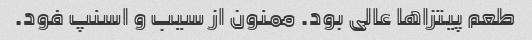
طعم پیتزاها عالی بود. ممنون از سیب و اسنپ فود.